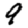
Digit: 9